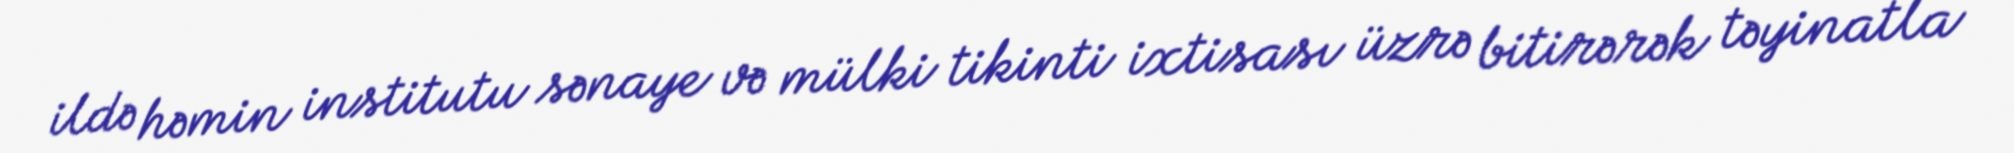
ildə həmin institutu sənaye və mülki tikinti ixtisası üzrə bitirərək təyinatla